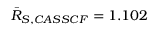
\bar { R } _ { S , C A S S C F } = 1 . 1 0 2